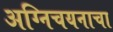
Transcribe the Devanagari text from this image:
अग्निचयनाचा